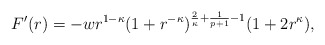
\begin{align*}F'(r)=- w r^{1-\kappa}(1+r^{-\kappa})^{\frac{2}{\kappa} + \frac{1}{p+1} -1} (1+2r^\kappa),\end{align*}